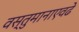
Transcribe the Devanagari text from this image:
वस्तुमानाएवढे